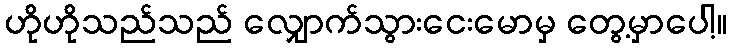
ဟိုဟိုသည်သည် လျှောက်သွားငေးမောမှ တွေ့မှာပေါ့။